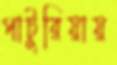
পাটুরিয়ায়